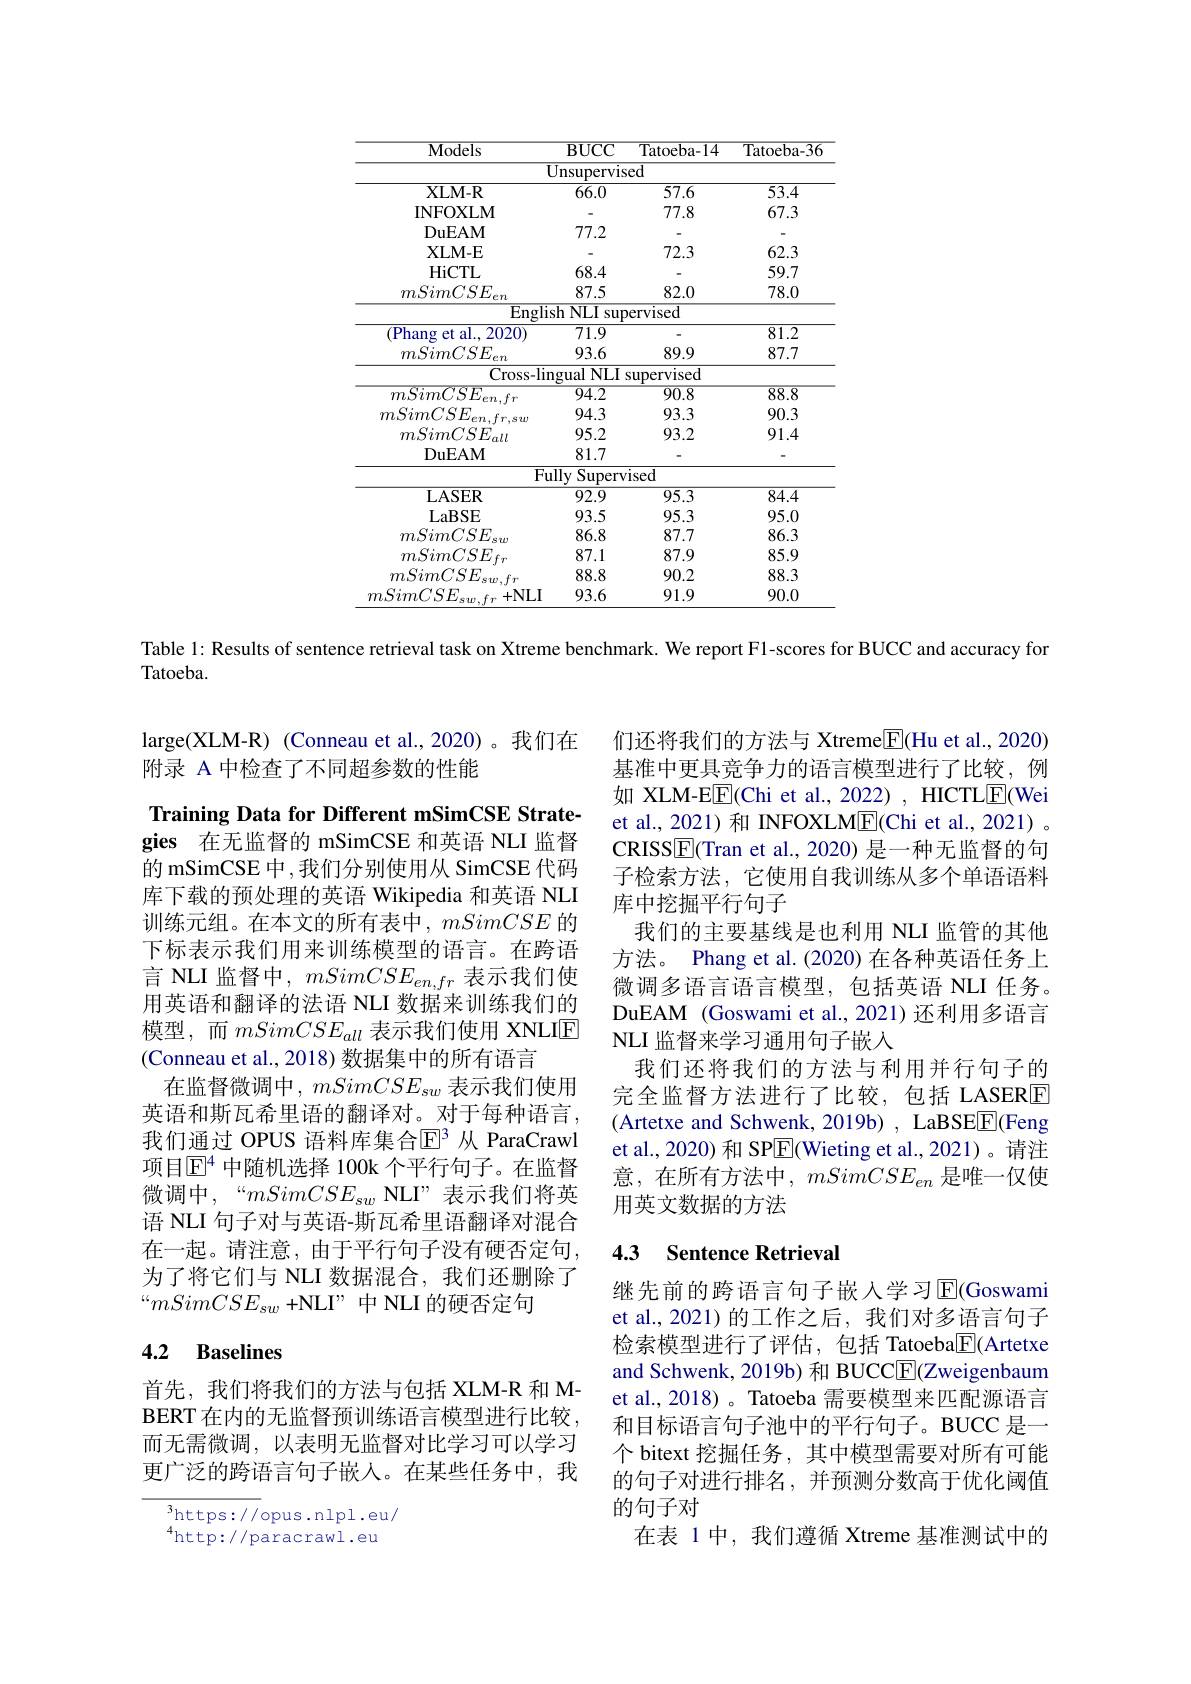
<table>
	<tbody>
		<tr>
			<th>$\overline{\mathrm{Models}}$</th>
			<th>$\overline{{\mathbf{BUCC}}}$</th>
			<th>${\mathrm{Tatoeba-14}}$</th>
			<th>Tatoeba- 36</th>
		</tr>
		<tr>
			<td> </td>
			<td>${\overline{{Unsupervis}}}$</td>
			<td>$ed$</td>
			<td> </td>
		</tr>
		<tr>
			<td>XLM- R</td>
			<td>$\overline{66.0}$</td>
			<td>57.6</td>
			<td>53.4</td>
		</tr>
		<tr>
			<td>INFOXLM</td>
			<td> </td>
			<td>77.8</td>
			<td>67.3</td>
		</tr>
		<tr>
			<td>DuEAM</td>
			<td>77.2</td>
			<td> </td>
			<td> </td>
		</tr>
		<tr>
			<td>XLM- E</td>
			<td> </td>
			<td>72.3</td>
			<td>62.3</td>
		</tr>
		<tr>
			<td>HiCTL</td>
			<td>68.4</td>
			<td> </td>
			<td>59.7</td>
		</tr>
		<tr>
			<td>$mSimCSE_{en}$</td>
			<td>87.5</td>
			<td>82.0</td>
			<td>78.0</td>
		</tr>
		<tr>
			<td>$\overline{\mathrm{Engl}}$</td>
			<td>ish $1NLI$ sup</td>
			<td>ervised</td>
			<td> </td>
		</tr>
		<tr>
			<td>(Phang et al., 2020)</td>
			<td>71.9</td>
			<td> </td>
			<td>81.2</td>
		</tr>
		<tr>
			<td>$mSimCSE_{en}$</td>
			<td>93.6</td>
			<td>89.9</td>
			<td>87.7</td>
		</tr>
		<tr>
			<td>Cross- li</td>
			<td>$NLI$ ngual</td>
			<td>supervised</td>
			<td> </td>
		</tr>
		<tr>
			<td>${\overline{mSimCSE_{en,fr}}}$</td>
			<td>$\overline{94.2}$</td>
			<td>$\overline{90.8}$</td>
			<td>88.8</td>
		</tr>
		<tr>
			<td>$mSimCSE_{en,fr,sw}$</td>
			<td>94.3</td>
			<td>93.3</td>
			<td>90.3</td>
		</tr>
		<tr>
			<td>$mSimCSE_{all}$</td>
			<td>95.2</td>
			<td>93.2</td>
			<td>91.4</td>
		</tr>
		<tr>
			<td>DuEAM</td>
			<td>81.7</td>
			<td> </td>
			<td> </td>
		</tr>
		<tr>
			<td>$F$</td>
			<td>ully Superv</td>
			<td>ised</td>
			<td> </td>
		</tr>
		<tr>
			<td>$\mathbf{LASER}$</td>
			<td>92.9</td>
			<td>95.3</td>
			<td>84.4</td>
		</tr>
		<tr>
			<td>LaBSE</td>
			<td>93.5</td>
			<td>95.3</td>
			<td>95.0</td>
		</tr>
		<tr>
			<td>$mSimCSE_{sw}$</td>
			<td>86.8</td>
			<td>87.7</td>
			<td>86.3</td>
		</tr>
		<tr>
			<td>$mSimCSE_{fr}$</td>
			<td>87.1</td>
			<td>87.9</td>
			<td>85.9</td>
		</tr>
		<tr>
			<td>mSimCSE $sw,fr$</td>
			<td>88.8</td>
			<td>90.2</td>
			<td>88.3</td>
		</tr>
		<tr>
			<td>mSimCSE ${\mathrm{e}}_{w},{\mathrm{f}}_{r}+{\mathrm{NLI}}$</td>
			<td>93.6</td>
			<td>91.9</td>
			<td>90.0</td>
		</tr>
	</tbody>
</table>

Table 1: Results of sentence retrieval task on Xtreme benchmark. We report Fl-scores for BUCC and accuracy for

Tatoeba.

large(XLM-R) (Conneau et al.,2020)。我们在
附录 A 中检查了不同超参数的性能

Training Data for Different mSimCSE Strategies 在无监督的 mSimCSE 和英语 NLI 监督的 mSimCSE 中，我们分别使用从 SimCSE 代码库下载的预处理的英语 Wikipedia 和英语 NLI 训练元组。在本文的所有表中，mSimCSE的下标表示我们用来训练模型的语言。在跨语言 NLI 监督中，$mSimCSE_{en,fr}$表示我们使用英语和翻译的法语 NLI 数据来训练我们的模型，而$mSimCSE_{all}$表示我们使用 XNLIE (Conneau et al., 2018) 数据集中的所有语言
在监督微调中，$mSimCSE_{sw}$表示我们使用英语和斯瓦希里语的翻译对。对于每种语言， 我们通过 OPUS 语料库集合$\mathbb{E}^3$ 从 ParaCrawl 项目$\mathbb{E}^4$ 中随机选择 100k 个平行句子。在监督微调中，“mSimCSE_{sw} NLI” 表 示 我 们 将 英 语 NLI 句子对与英语-斯瓦希里语翻译对混合在一起。请注意，由于平行句子没有硬否定句为了将它们与 NLI 数据混合，我们还删除了“$mSimCSE_{sw}+$NLI”中 NLI 的硬否定句

## 4.2 Baselines

首先，我们将我们的方法与包括 XLM-R 和 MBERT 在内的无监督预训练语言模型进行比较而无需微调，以表明无监督对比学习可以学习更广泛的跨语言句子嵌人。在某些任务中，我

$^3$https://opus.nlpl.eu/ $^{4}$http://paracrawl.eu

们还将我们的方法与 Xtreme$\underline{\mathrm{E}}($Hu et al., 2020) 基准中更具竞争力的语言模型进行了比较，例如 XLM-E$\boxed{\mathrm{F}}($Chi et al., 2022) , HICTL$\boxed{\mathrm{E}}($Wei et al., 2021) 和 INFOXLM$\boxed{\mathrm{E}}$(Chi et al., 2021) 。CRISSE(Tran et al., 2020) 是一种无监督的句子检索方法，它使用自我训练从多个单语语料库中挖掘平行句子
我们的主要基线是也利用 NLI 监管的其他方法。Phang et al.(2020) 在各种英语任务上微调多语言语言模型，包括英语 NLI 任务。DuEAM (Goswami et al., 2021) 还利用多语言NLI 监督来学习通用句子嵌入
我们还将我们的方法与利用并行句子的完全监督方法进行了比较，包括 LASERE (Artetxe and Schwenk, 2019b) , LaBSEE(Feng et al., 2020) 和 SP$\overline{\mathrm{E}}$(Wieting et al., 2021)。请注意，在所有方法中，$mSimCSE_{en}$是唯一仅使用英文数据的方法

### 4.3 Sentence Retrieval

继先前的跨语言句子嵌入学习$\operatorname{E}($Goswami et al.,2021)的工作之后，我们对多语言句子检索模型进行了评估，包括 Tatoeba$\boxed{\mathrm{F}}($Artetxe and Schwenk, 2019b) 和 BUCCE(Zweigenbaum et al., 2018)。Tatoeba 需要模型来匹配源语言和目标语言句子池中的平行句子。BUCC 是一个 bitext 挖掘任务，其中模型需要对所有可能的句子对进行排名，并预测分数高于优化阈值的句子对
在表 1 中，我们遵循 Xtreme 基准测试中的